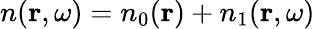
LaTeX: n({\mathbf r},\omega)=n_{0}({\mathbf r})+n_{1}({\mathbf r},\omega)